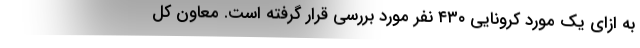
به ازای یک مورد کرونایی ۴۳۰ نفر مورد بررسی قرار گرفته است. معاون کل